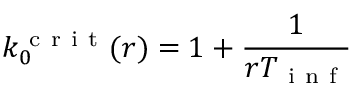
k _ { 0 } ^ { \mathrm { ~ c ~ r ~ i ~ t ~ } } ( r ) = 1 + \frac 1 { r T _ { \mathrm { ~ i ~ n ~ f ~ } } }